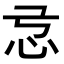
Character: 𢗂